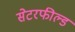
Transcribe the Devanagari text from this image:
सेटरफील्ड